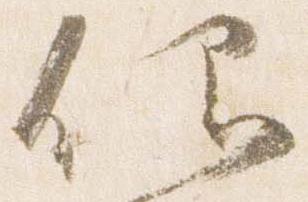
仰